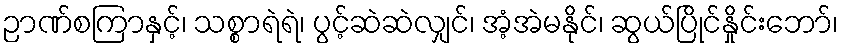
ဉာဏ်စကြာနှင့်၊ သစ္စာရဲရဲ၊ ပွင့်ဆဲဆဲလျှင်၊ အံ့အဲမနိုင်၊ ဆွယ်ပြိုင်နှိုင်းဘော်၊